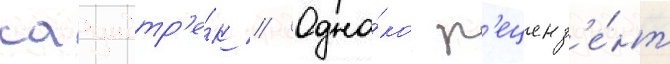
саундтр'е́к // Одна́ко р'еценз'е́нт